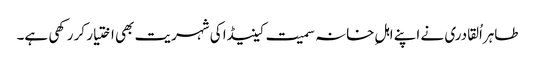
طاہراُلقادری نے اپنے اہلِ خانہ سمیت کینیڈا کی شہریت بھی اختیار کر رکھی ہے۔